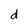
Character: d